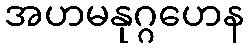
အဟမနုဂ္ဂဟေန